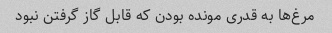
مرغ‌ها به قدری مونده بودن که قابل گاز گرفتن نبود